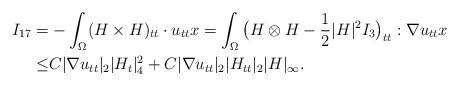
LaTeX: \begin{align*}I_{17}=&-\int_{\Omega}(H\times H)_{tt}\cdot u_{tt}x=\int_{\Omega}\big(H\otimes H-\frac{1}{2}|H|^2I_3\big)_{tt}: \nabla u_{tt}x\\\leq& C|\nabla u_{tt}|_2|H_t|^2_4+C|\nabla u_{tt}|_2|H_{tt}|_2| H|_{\infty}.\end{align*}